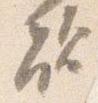
敵